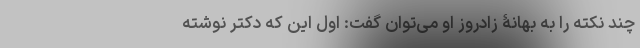
چند نکته را به بهانۀ زادروز او می‌توان گفت: اول این که دکتر نوشته